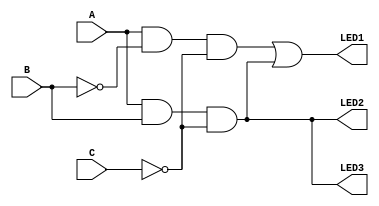
`timescale 1ns / 1ps
//////////////////////////////////////////////////////////////////////////////////
// Company: 
// Engineer: 
// 
// Design Name: 
// Module Name: simple_kill_boolean
// Project Name: 
// Target Devices: 
// Tool Versions: 
// Description: 
// 
// Dependencies: 
// 
// Revision:
// Revision 0.01 - File Created
// Additional Comments:
// 
//////////////////////////////////////////////////////////////////////////////////


module simple_kill_boolean(
    input A,
    input B,
    input C,
    output LED1,
    output LED2,
    output LED3
    );
    
    assign LED1 = (A & ~B & ~C) | (A & B & ~C); 
    assign LED2 = (A & B & ~C) | (A & B & ~C);
    assign LED3 = (A & B & ~C);
endmodule